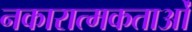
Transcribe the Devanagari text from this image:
नकारात्मकताओं